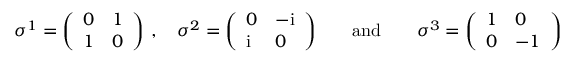
\begin{array} { r } { \sigma ^ { 1 } = \bigg ( \begin{array} { l l } { 0 } & { 1 } \\ { 1 } & { 0 } \end{array} \bigg ) \ , \quad \sigma ^ { 2 } = \bigg ( \begin{array} { l l } { 0 } & { - { \mathrm { i } } } \\ { { \mathrm { i } } } & { 0 } \end{array} \bigg ) \qquad \mathrm { a n d } \qquad \sigma ^ { 3 } = \bigg ( \begin{array} { l l } { 1 } & { 0 } \\ { 0 } & { - 1 } \end{array} \bigg ) } \end{array}